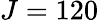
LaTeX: J=120